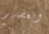
وبعضهم